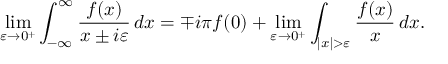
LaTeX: \operatorname* { l i m } _ { \varepsilon \to 0 ^ { + } } \int _ { - \infty } ^ { \infty } { \frac { f ( x ) } { x \pm i \varepsilon } } \, d x = \mp i \pi f ( 0 ) + \operatorname* { l i m } _ { \varepsilon \to 0 ^ { + } } \int _ { | x | > \varepsilon } { \frac { f ( x ) } { x } } \, d x .